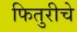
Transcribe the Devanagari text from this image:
फितुरीचे